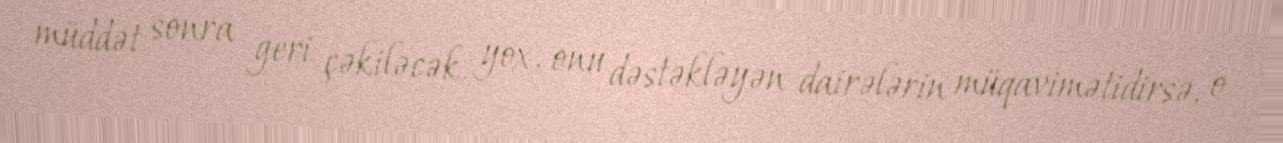
müddət sonra geri çəkiləcək, yox, onu dəstəkləyən dairələrin müqavimətidirsə, o